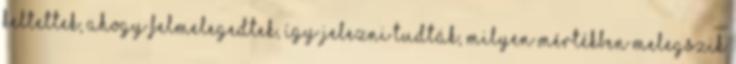
keltettek, ahogy felmelegedtek, így jelezni tudták, milyen mértékben melegszik